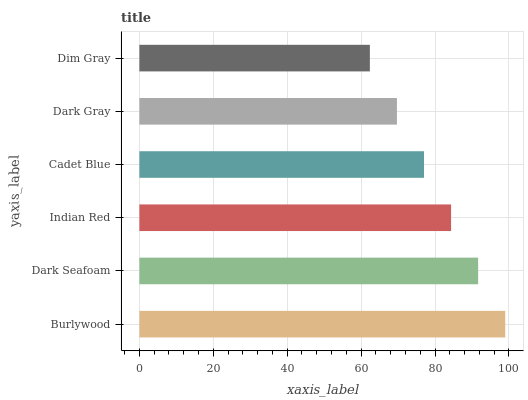
| yaxis_label | bars |
 | --- | --- |
 | Burlywood | 99 |
 | Dark Seafoam | 91.7 |
 | Indian Red | 84.3 |
 | Cadet Blue | 77 |
 | Dark Gray | 69.7 |
 | Dim Gray | 62.4 |